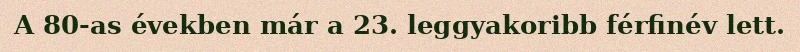
A 80-as években már a 23. leggyakoribb férfinév lett.